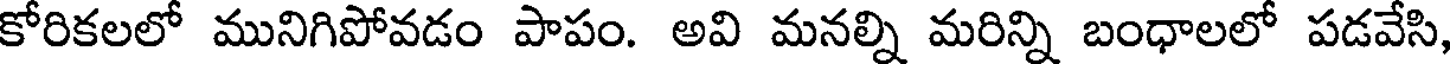
కోరికలలో మునిగిపోవడం పాపం. అవి మనల్ని మరిన్ని బంధాలలో పడవేసి,